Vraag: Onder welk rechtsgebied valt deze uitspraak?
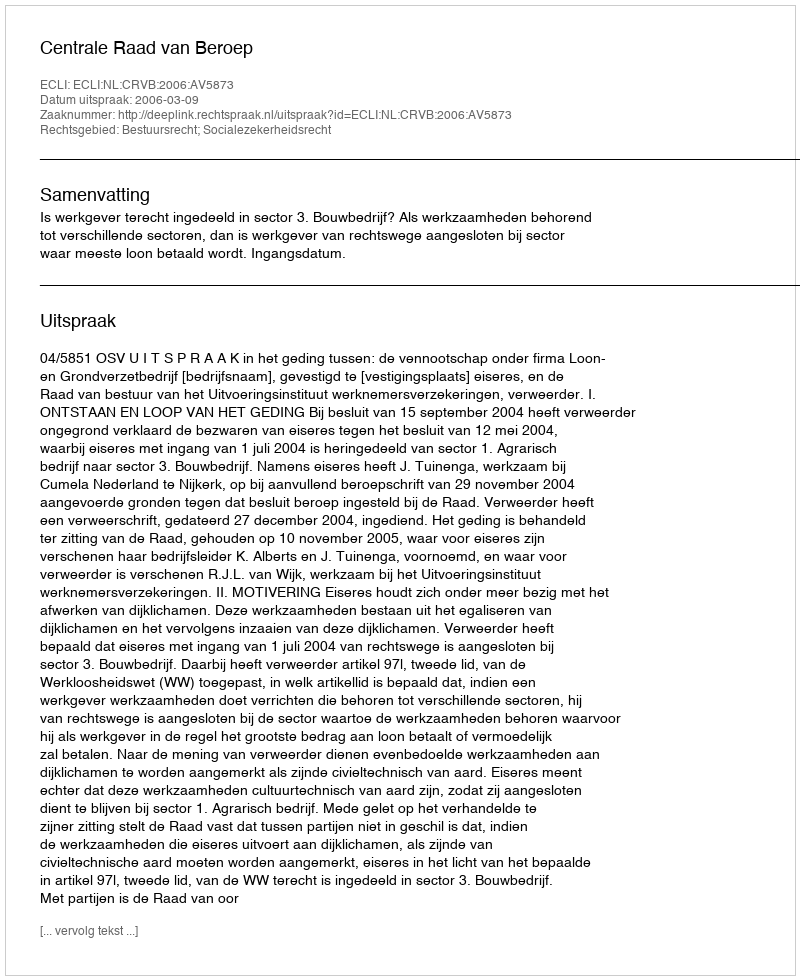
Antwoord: Bestuursrecht; Socialezekerheidsrecht